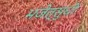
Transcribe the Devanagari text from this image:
भजेत्सुधीः